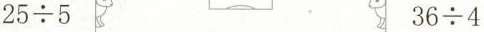
$$2 5 \div 5$$ $$3 6 \div 4$$